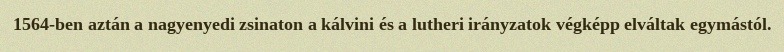
1564-ben aztán a nagyenyedi zsinaton a kálvini és a lutheri irányzatok végképp elváltak egymástól.